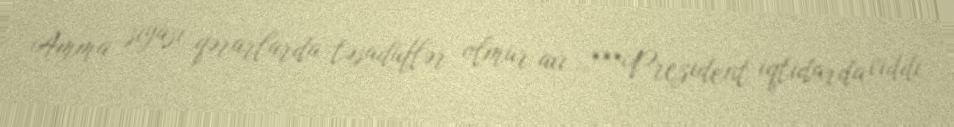
Amma siyasi qərarlarda təsadüflər olmur axı...***Prezident iqtidarda ciddi